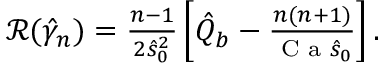
\begin{array} { r } { \mathcal { R } ( \hat { \gamma } _ { n } ) = \frac { n - 1 } { 2 \hat { s } _ { 0 } ^ { 2 } } \left[ \hat { Q } _ { b } - \frac { n ( n + 1 ) } { \textrm { C a } \hat { s } _ { 0 } } \right] . } \end{array}